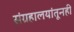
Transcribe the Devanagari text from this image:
संग्रहालयांतूनही